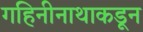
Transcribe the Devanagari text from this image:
गहिनीनाथाकडून